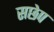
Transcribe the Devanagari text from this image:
सछेप